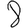
Digit: 8